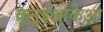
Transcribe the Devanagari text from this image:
कूनुइआकेआ